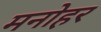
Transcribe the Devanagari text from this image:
मनाेहर